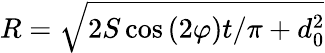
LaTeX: R=\sqrt{2S\cos{\left(2\varphi\right)}t/\pi+d_{0}^{2}}